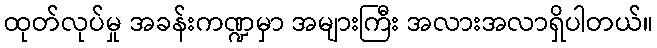
ထုတ်လုပ်မှု အခန်းကဏ္ဍမှာ အများကြီး အလားအလာရှိပါတယ်။